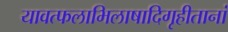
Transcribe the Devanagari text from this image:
यावत्फलाभिलाषादिगृहीतानां